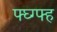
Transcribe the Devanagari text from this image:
फ्घ्ग्फ्ह